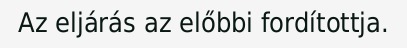
Az eljárás az előbbi fordítottja.